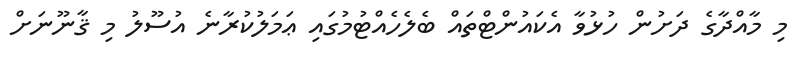
މި މާއްދާގެ ދަށުން ހުޅުވާ އެކައުންޓްތައް ބެލެހެއްޓުމުގައި ޢަމަލުކުރާނެ އުސޫލު މި ޤާނޫނަށް